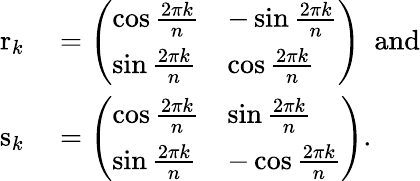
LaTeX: \begin{array}{rl}{\mathrm{r}_{k}}&{{}={\left(\begin{array}{ll}{\cos{\frac{2\pi k}{n}}}&{-\sin{\frac{2\pi k}{n}}}\\ {\sin{\frac{2\pi k}{n}}}&{\cos{\frac{2\pi k}{n}}}\end{array}\right)}\ \ {\mathrm{and}}}\\ {\mathrm{s}_{k}}&{{}={\left(\begin{array}{ll}{\cos{\frac{2\pi k}{n}}}&{\sin{\frac{2\pi k}{n}}}\\ {\sin{\frac{2\pi k}{n}}}&{-\cos{\frac{2\pi k}{n}}}\end{array}\right)}.}\end{array}